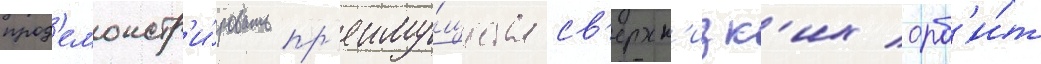
прод'емонстр'и́ровать пр'еиму́щества св'ерхн'изк'их орб'и́т